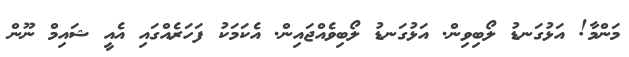
މަންމާ! އަޅުގަނޑު ލޯބިވިން. އަޅުގަނޑު ލޯބިވެއްޖައިން. އެކަމަކު ފަހަރެއްގައި އެއީ ޝައިމް ނޫން